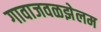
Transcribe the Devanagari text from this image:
गावाजवळझेलम